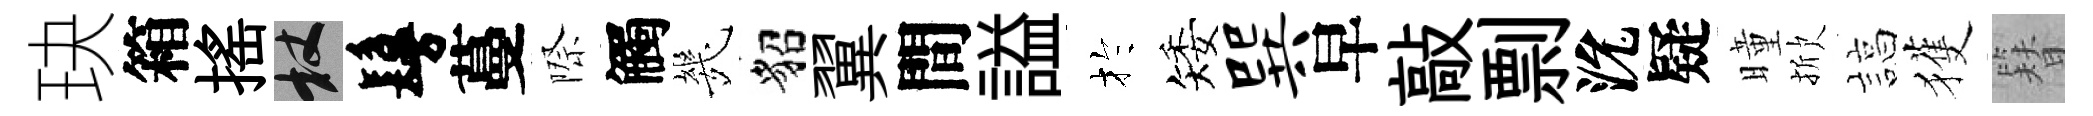
玦箱揺杖鬘蔓際觸㡬貂翼間謚扵矮巽早敲剽沇疑曈掀諄獲簪